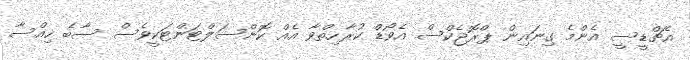
އެޗްޑީސީ އެންމެ ގިނައިން ޕްރޮޖެކްސް އެވޯޑް ކުރާހިތްވާ އެއް ކޮންސަލްޓަންޓަކީވެސް ސާބެ ހިއްސާ